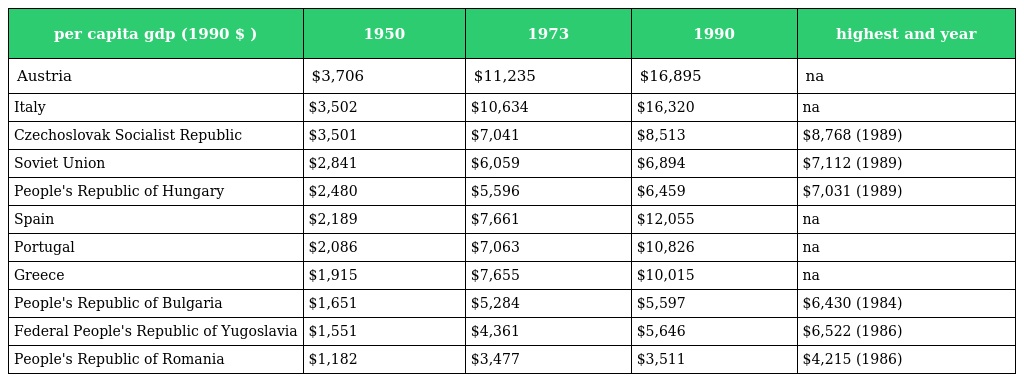
| per capita gdp (1990 $ ) | 1950 | 1973 | 1990 | highest and year |
 | --- | --- | --- | --- | --- |
 | Austria | $3,706 | $11,235 | $16,895 | na |
 | Italy | $3,502 | $10,634 | $16,320 | na |
 | Czechoslovak Socialist Republic | $3,501 | $7,041 | $8,513 | $8,768 (1989) |
 | Soviet Union | $2,841 | $6,059 | $6,894 | $7,112 (1989) |
 | People's Republic of Hungary | $2,480 | $5,596 | $6,459 | $7,031 (1989) |
 | Spain | $2,189 | $7,661 | $12,055 | na |
 | Portugal | $2,086 | $7,063 | $10,826 | na |
 | Greece | $1,915 | $7,655 | $10,015 | na |
 | People's Republic of Bulgaria | $1,651 | $5,284 | $5,597 | $6,430 (1984) |
 | Federal People's Republic of Yugoslavia | $1,551 | $4,361 | $5,646 | $6,522 (1986) |
 | People's Republic of Romania | $1,182 | $3,477 | $3,511 | $4,215 (1986) |